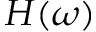
H ( \omega )